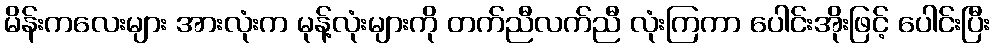
မိန်းကလေးများ အားလုံးက မုန့်လုံးများကို တက်ညီလက်ညီ လုံးကြကာ ပေါင်းအိုးဖြင့် ပေါင်းပြီး